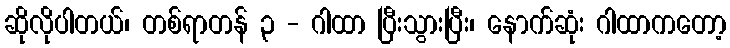
ဆိုလိုပါတယ်၊ တစ်ရာတန် ၃ - ဂါထာ ပြီးသွားပြီး၊ နောက်ဆုံး ဂါထာကတော့